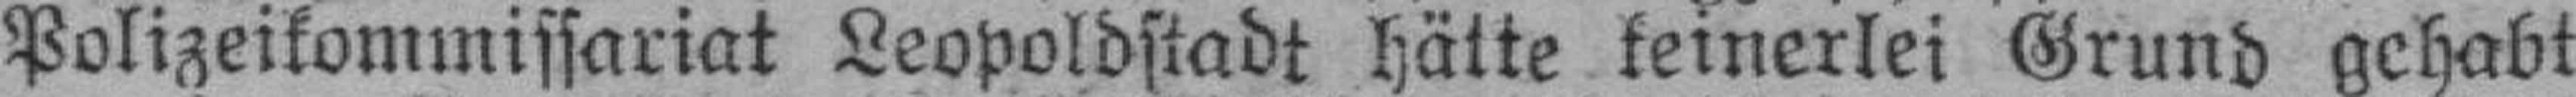
Polizeikommissariat Leopoldstadt hätte keinerlei Grund gehabt